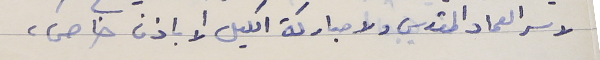
لا سر العماد المقدس ولا مباركة اكليل الا باذن خاص،